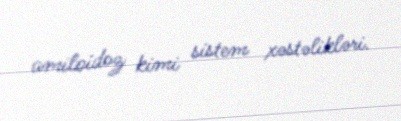
amiloidoz kimi sistem xəstəlikləri.